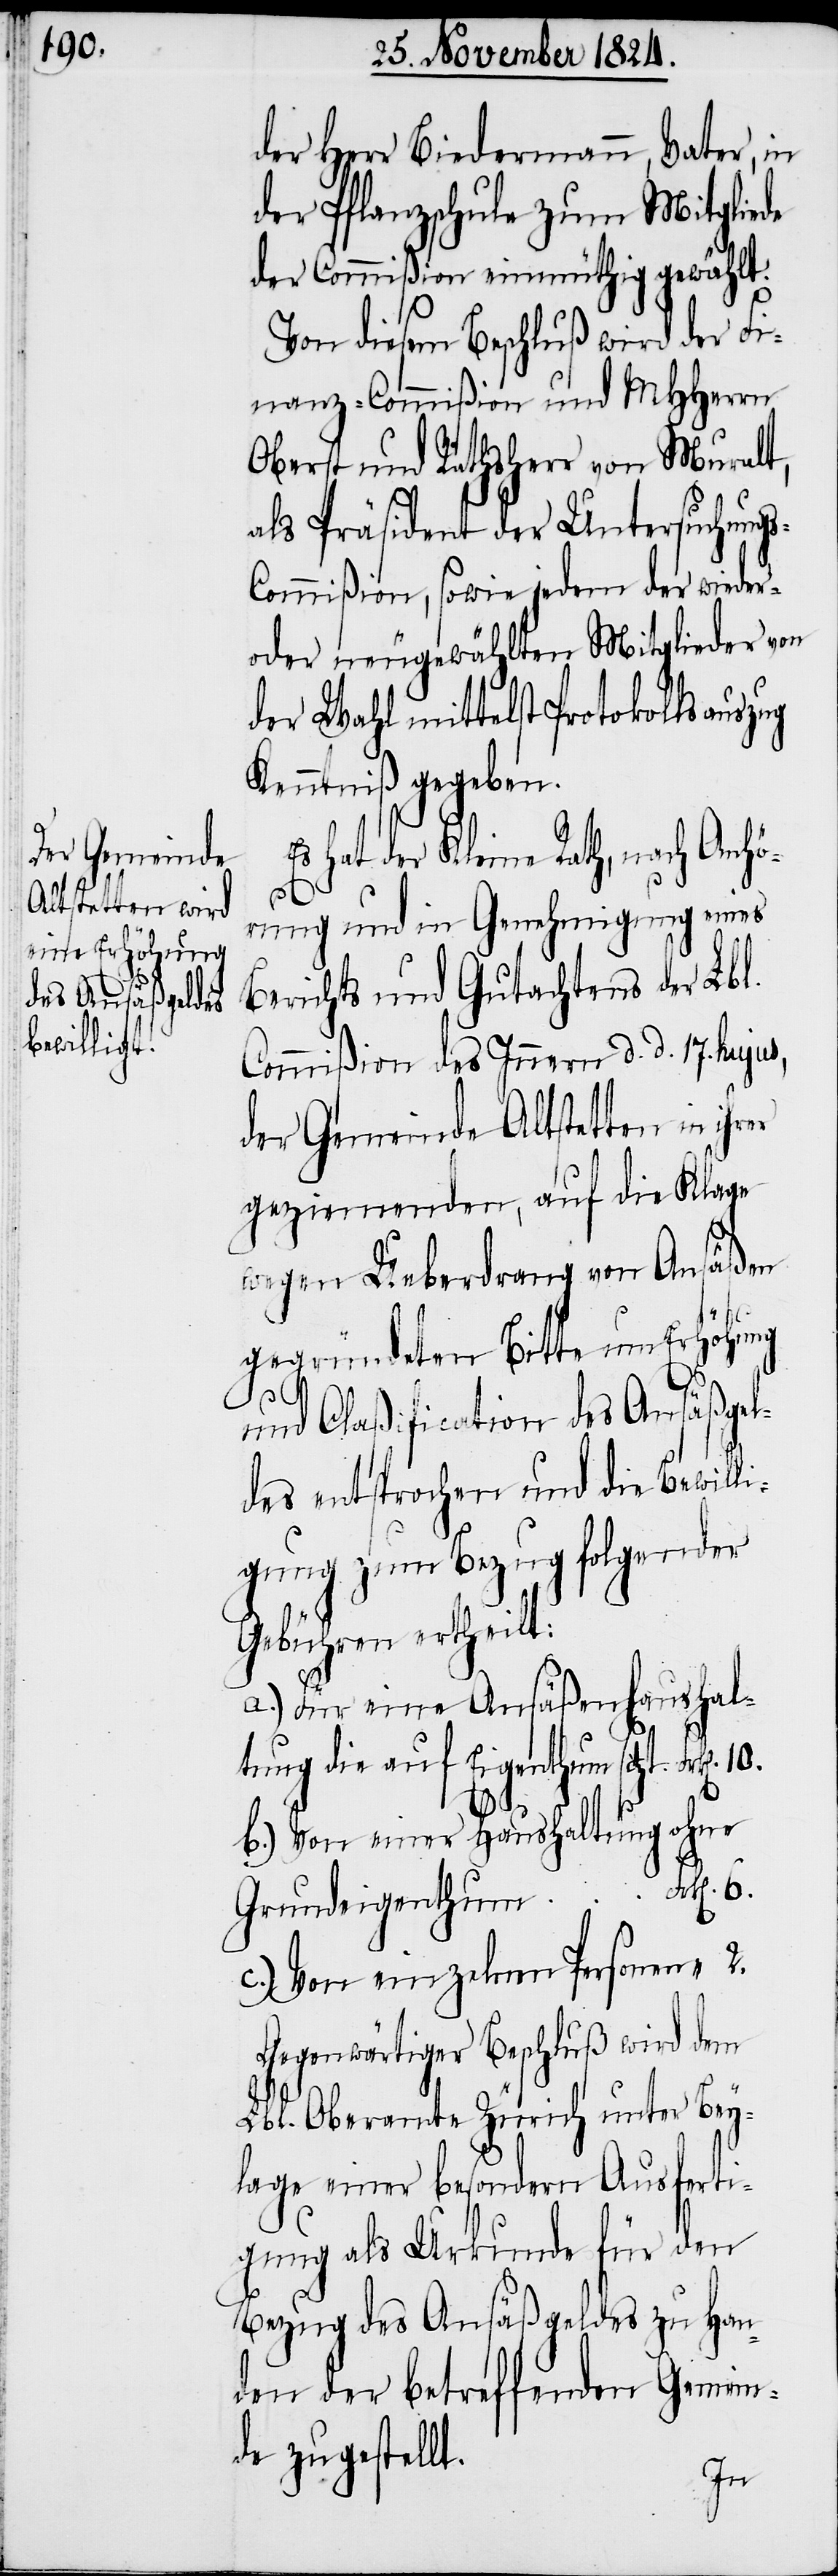
der Herr Biedermann, Vater, in
der Pflanzschule zum Mitgliede
der Commißion einmüthig gewählt.
Von diesem Beschluß wird der Fi¬
nanz-Commißion und MHHerrn
Oberst und Rathsherr von Muralt,
als Präsident der Untersuchung¬
ommißion, sowie jedem der wieder-
oder neugewählten Mitglieder von
der Wahl mittelst Protokollsauszug
Kenntniß gegeben.
hat der Kleine Rath, nach Anhö¬
rung und in Genehmigung eines
Berichts und Gutachtens der Lbl.
Commißion des Innern d. d. 17. huju¬
der Gemeinde Altstetten in ihr¬
geziemenden, auf die Klage
wegen Ueberdrang von Ansäßen
gegründeten Bitte um Erhöhung
“
2.
und Claßification des Ansäßgel¬
des entsprochen und die Bewilli¬
gung zum Bezug folgender
Gebühren ertheilt:
a.) Für eine Ansäßenhaushal¬
tung die auf Eigenthum sitzt:
b.) Von einer Haushaltung ohne
Grundeigenthum
c.) Von einzelnen Personen
Gegenwärtiger Beschluß wird dem
Lbl. Oberamte Zürich unter Bey¬
lage einer besondern Ausferti¬
gung als Urkunde für den
Bezug des Ansäßgeldes zu Han¬
den der betreffenden Gemein¬
de zugestellt.
er